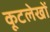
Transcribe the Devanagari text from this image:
कूटलेखों